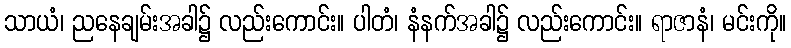
သာယံ၊ ညနေချမ်းအခါ၌ လည်းကောင်း။ ပါတံ၊ နံနက်အခါ၌ လည်းကောင်း။ ရာဇာနံ၊ မင်းကို။